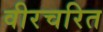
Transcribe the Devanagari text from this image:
वीरचरित